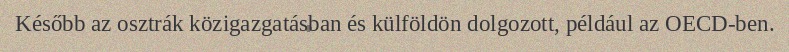
Később az osztrák közigazgatásban és külföldön dolgozott, például az OECD-ben.